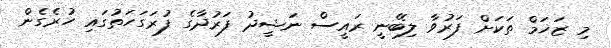
މި ޒަޚަމް ތަކަށް ފަރުވާ ލިބޭނީ ރައީސް ނަޝީދު ފަރުދާގެ ފުރަގަހަތުގައި ހުރެގެން